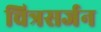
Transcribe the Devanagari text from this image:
चित्रसर्जन